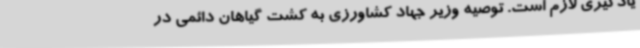
یادگیری لازم است. توصیه وزیر جهاد کشاورزی به کشت گیاهان دائمی در